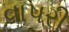
વાપરી